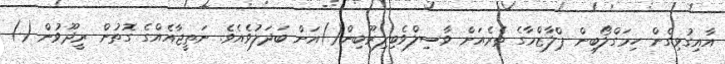
އާއިގުޅިގެން ހިމަގްލޯބިން ޕްލާޒްމާގެ ތެރެއަށް ވާސިލްވެބިލިރޫބިން()އަށް ބަދަލުވެއެވެ. ނަތީޖާއެއްގެ ގޮތުން ރީދޫވުން ()